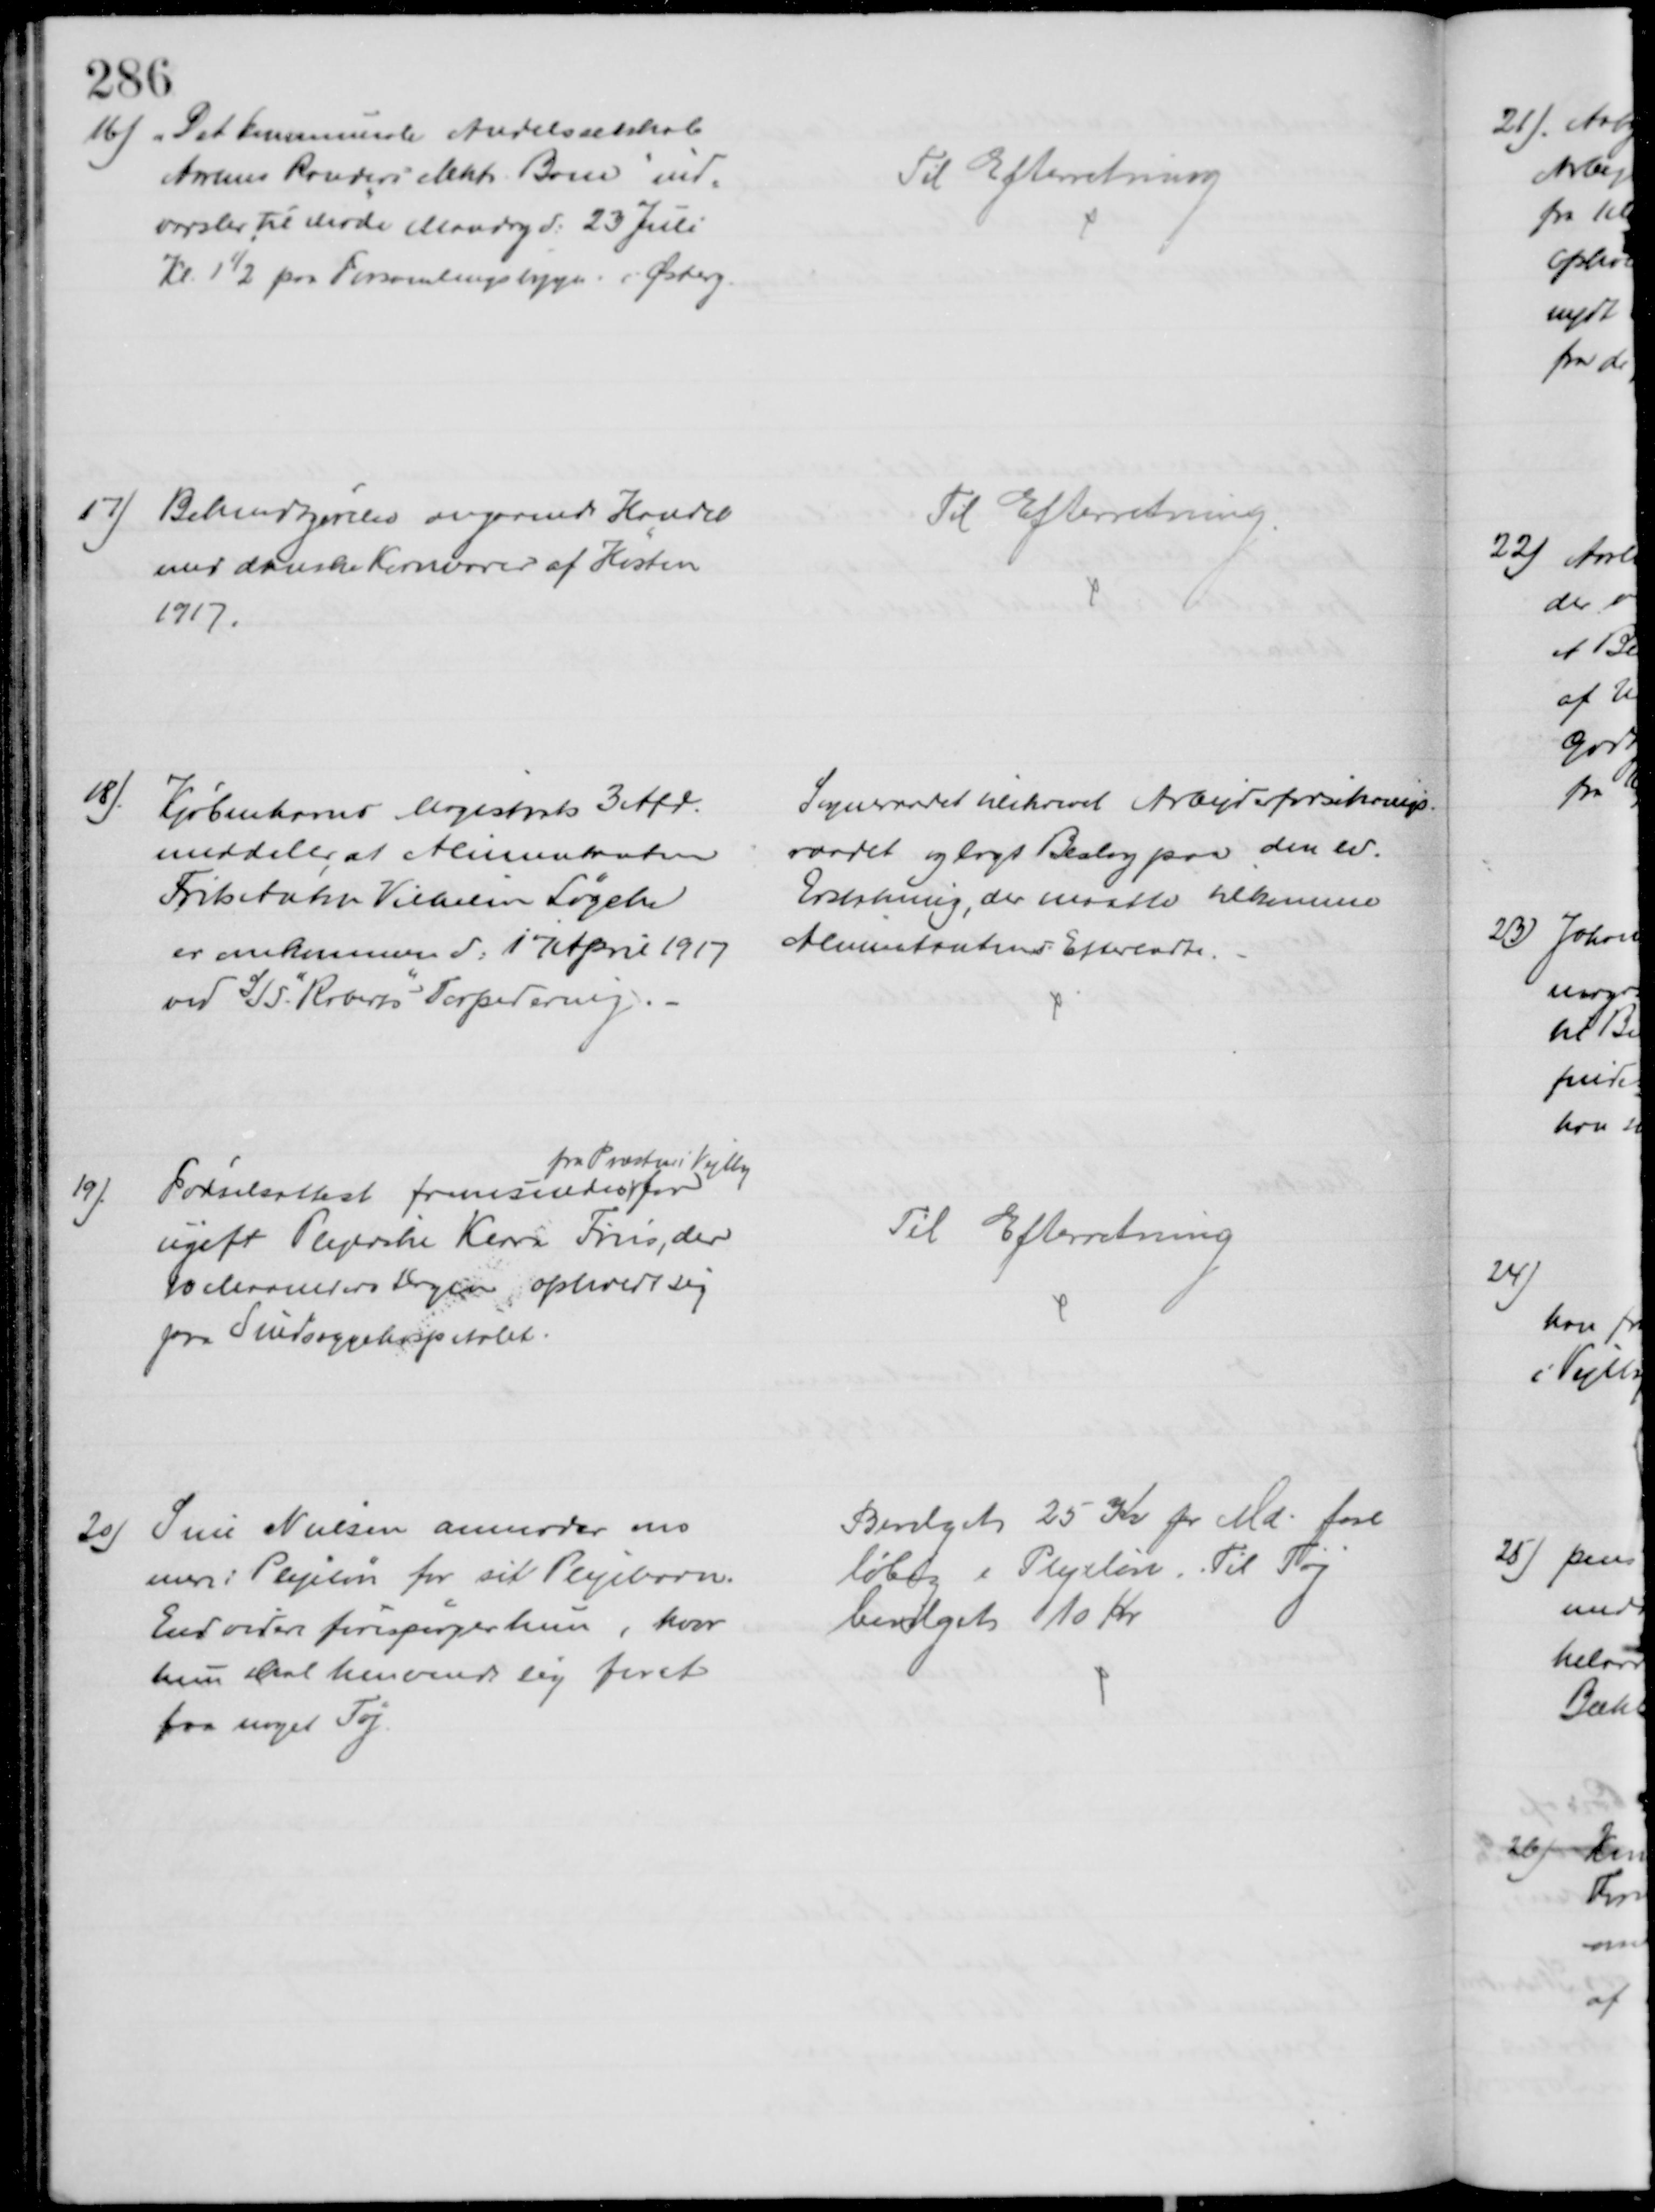
Transskription:
16)
"Det kommunale Andelsselskab
Aarhus Randers elektr. Bane" ind-
varsler til Møde Mandag d: 23 Juli
Kl. 1½ paa Forsamlingsbygn. i Østerg.
Til Efterretning
17) Bekendtgørelse angaaende Handel
med danske Kornvarer af Høsten
1917.
Til Efterretning.
18)
Kjøbenhavns Magistrats 3 Afd.
meddeler, at Alimentaten
Frits Anker Vilhelm Løyche
er omkommen d: 17 April 1917
ved S/S. "Roberts" Torpedering.
Sogneraadet tilskrevet Arbejderforsikrings
raadet og lagt Beslag paa den ev.
Erstatning, der maatte tilkomme
Alimentantens Efterladte.
19)
Fødselsattest fremsendes 
fra Præsten i Vejlby
for
ugift Plejerske Klara Friis, der
10 Maaneders Dagen opholdt sig
paa Sindssygehospitalet.
Til Efterretning
20)
Sine Nielsen anmoder om
mere i Plejeløn for sit Plejebarn.
Endvidere forespørger hun, hvor
hun skal henvende sig for at
faa noget Tøj.
Bevilget 25 Kr pr Md. fore
løbig i Plejeløn. Til Tøj
bevilget 10 Kr